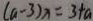
( a - 3 ) x = 3 + a